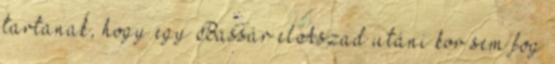
tartanak, hogy egy Bassár elAszad utáni kor sem fog